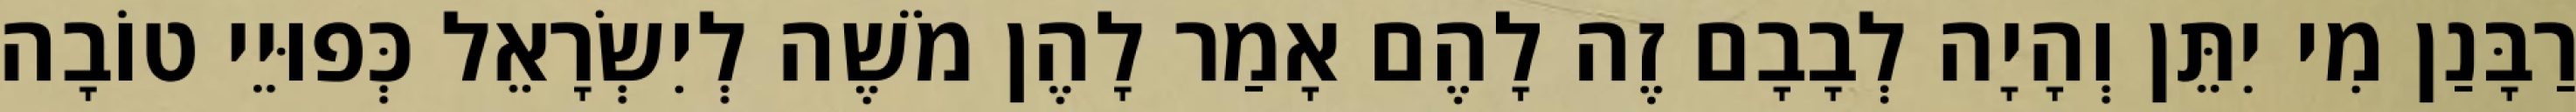
רַבָּנַן מִי יִתֵּן וְהָיָה לְבָבָם זֶה לָהֶם אָמַר לָהֶן מֹשֶׁה לְיִשְׂרָאֵל כְּפוּיֵי טוֹבָה